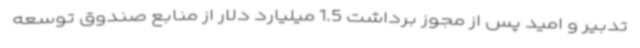
تدبیر و امید پس از مجوز برداشت 1.5 میلیارد دلار از منابع صندوق توسعه